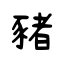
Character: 豬